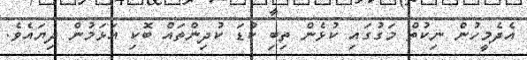
އެދެމީހުން ނިކުތް މަގުގައި ކުޅެން ތިބި ކުޑަ ކުދިންތައް ބޮކި އަޅަމުން ދިޔައެވެ.